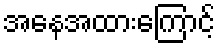
အနေအထားကြောင့်